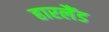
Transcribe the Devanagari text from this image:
हारलैंड